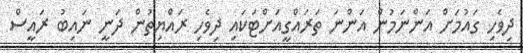
ދިވެހި ގައުމަށް އަންނަމުން އަންނަ ތަރައްގީއަށްޓަކައި ދިވެހި ރައްޔިތުން ދަނީ ނައިބު ރައީސް